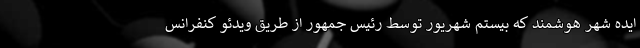
ایده شهر هوشمند که بیستم شهریور توسط رئیس جمهور از طریق ویدئو کنفرانس